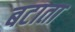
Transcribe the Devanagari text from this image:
बटाता